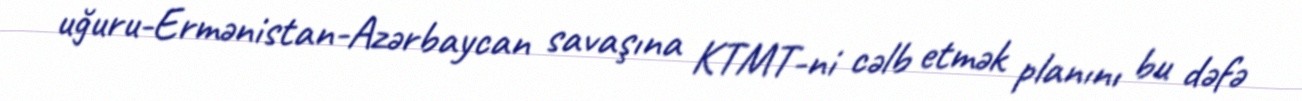
uğuru-Ermənistan-Azərbaycan savaşına KTMT-ni cəlb etmək planını bu dəfə